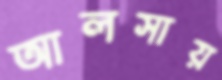
আলসায়